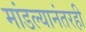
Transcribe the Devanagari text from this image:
मांडल्यानंतरही